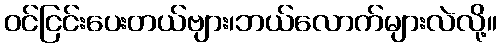
ဝင်ငြင်းပေးတယ်ဗျား၊ဘယ်လောက်များလဲလို့။